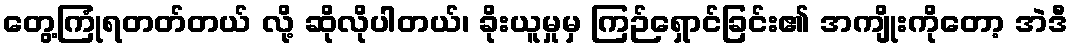
တွေ့ကြုံရတတ်တယ် လို့ ဆိုလိုပါတယ်၊ ခိုးယူမှုမှ ကြဉ်ရှောင်ခြင်း၏ အကျိုးကိုတော့ အဲဒီ